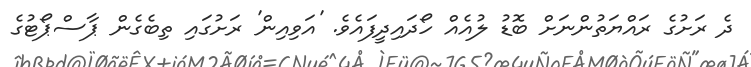
ދެ ރަށުގެ ރައްޔަތުންނަށް ބޮޑު ލުއެއް ހޯދައިދީފައެވެ. 'އަވިއިން' ރަށުގައި ތިބެގެން ޕާސްޕޯޓުގެ